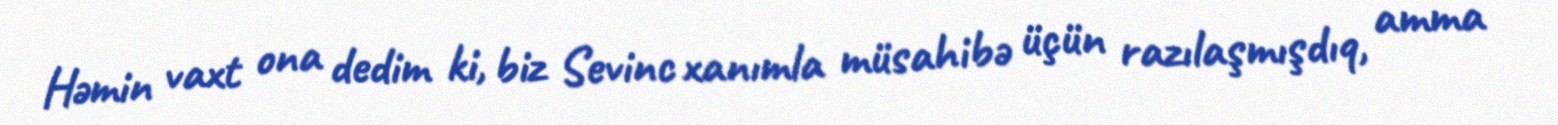
Həmin vaxt ona dedim ki, biz Sevinc xanımla müsahibə üçün razılaşmışdıq, amma